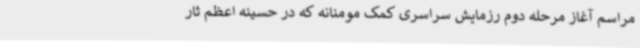
مراسم آغاز مرحله دوم رزمایش سراسری کمک مومنانه که در حسینه اعظم ثار